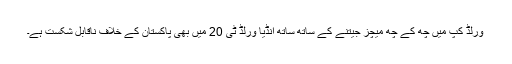
ورلڈ کپ میں چھ کے چھ میچز جیتنے کے ساتھ ساتھ انڈیا ورلڈ ٹی 20 میں بھی پاکستان کے خلاف ناقابل شکست ہے۔